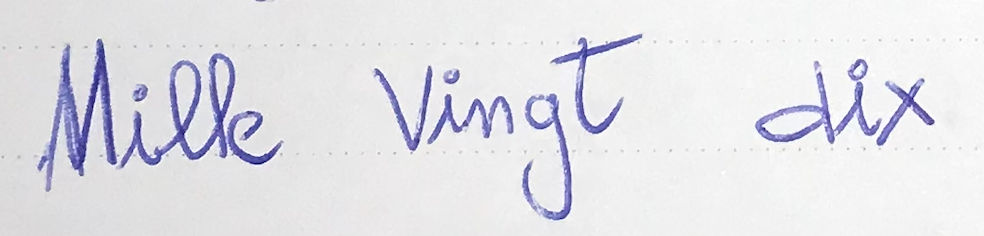
Mille vingt dix